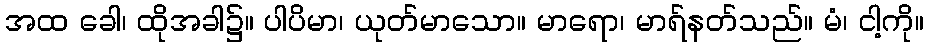
အထ ခေါ၊ ထိုအခါ၌။ ပါပိမာ၊ ယုတ်မာသော။ မာရော၊ မာရ်နတ်သည်။ မံ၊ ငါ့ကို။